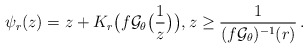
\begin{align*}\psi_r(z)=z+ K_r\big(f {\mathcal G}_{\theta}\big(\frac{1}{z}\big)\big),z \ge \frac{1}{(f {\mathcal G}_{\theta})^{-1}(r)}\,.\end{align*}